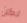
لكن